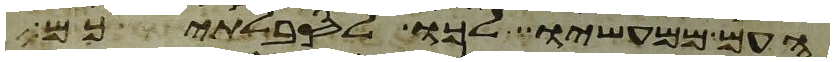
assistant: העם ממעשיו לכו לסבלתיכם